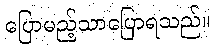
ပြောမည့်သာပြောရသည်။